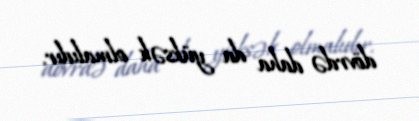
dövrdə daha da yüksək olmalıdır.